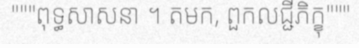
"""ពុទ្ធសាសនា ។ តមក, ពួកលជ្ជីភិក្ខុ"""